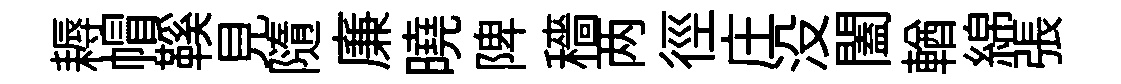
耨帽鞵見隨廉曉陴穡两徑庄没闔輶綿張